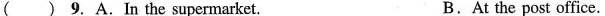
( ) 9. A.In the supermarket. B.At the post office.